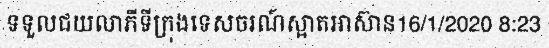
ទទួលជយលាភីទីក្រុងទេសចរណ៍ស្អាតអាស៊ាន16/1/2020 8:23